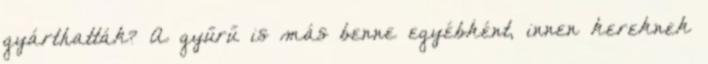
gyárthatták? A gyűrű is más benne egyébként, innen kereknek